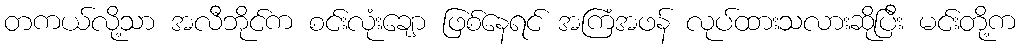
တကယ်လို့သာ အလီဘိုင်က စင်းလုံးချော ဖြစ်နေရင် အကြံအဖန် လုပ်ထားသလားဆိုပြီး မင်းတို့က